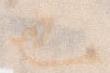
也